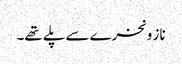
ناز و نخرے سے پلے تھے۔